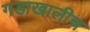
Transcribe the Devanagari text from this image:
गडाखालीच